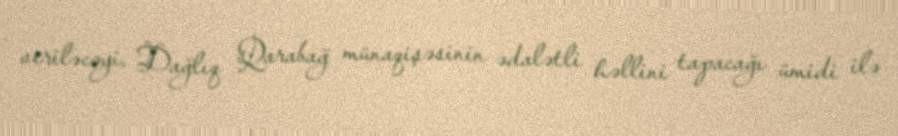
veriləcəyi, Dağlıq Qarabağ münaqişəsinin ədalətli həllini tapacağı ümidi ilə